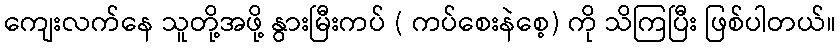
ကျေးလက်နေ သူတို့အဖို့ နွားမြီးကပ် ( ကပ်စေးနဲစေ့) ကို သိကြပြီး ဖြစ်ပါတယ်။